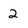
Character: 2